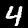
Label: 4